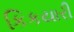
કિકયારી